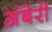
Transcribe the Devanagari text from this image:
अंबेरी